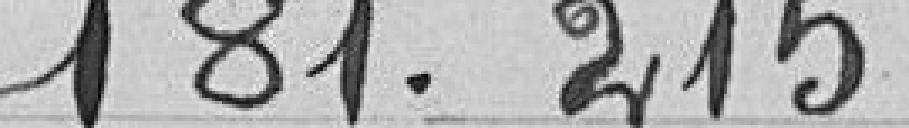
181.215